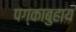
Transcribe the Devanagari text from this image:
पग्काबुहाय